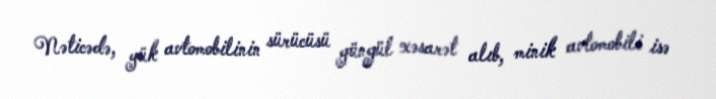
Nəticədə, yük avtomobilinin sürücüsü yüngül xəsarət alıb, minik avtomobili isə